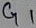
Text: G1